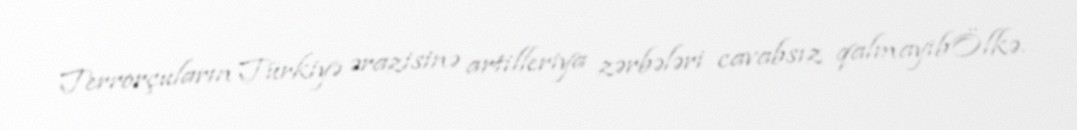
Terrorçuların Türkiyə ərazisinə artilleriya zərbələri cavabsız qalmayıbÖlkə.